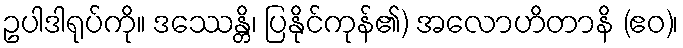
ဥပါဒါရုပ်ကို။ ဒဿေန္တိ၊ ပြနိုင်ကုန်၏) အလောဟိတာနိ (ဧဝ)၊